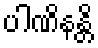
ပါဏိနန္တိ